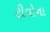
ટીવોના